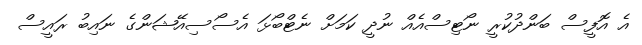
އެ އޮފީސް ބަންދުކުރީ ނޯޓިސްއެއް ނުދީ ކަމަށް ނެޓްބޯޅަ އެސޯސިއޭޝަންގެ ނައިބު ރައީސް